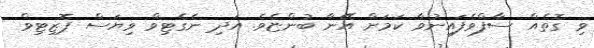
ވި ގޮތެއް ސާފްވެފައިނުވާ ކަމަށް އޭނާ ބުންޏެވެ. އަދި ނެގެޓިވް ވިޔަސް ޕޮޒިޓިވް